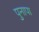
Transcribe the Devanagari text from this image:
पुनापा